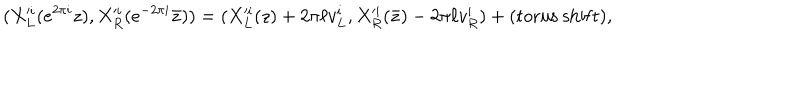
( X _ { L } ^ { \prime i } ( e ^ { 2 \pi i } z ) , X _ { R } ^ { \prime i } ( e ^ { - 2 \pi i } \bar { z } ) ) = ( X _ { L } ^ { \prime i } ( z ) + 2 \pi \ell v _ { L } ^ { i } , X _ { R } ^ { \prime i } ( \bar { z } ) - 2 \pi \ell v _ { R } ^ { i } ) + ( \mathrm { t o r u s \ s h i f t } ) ,